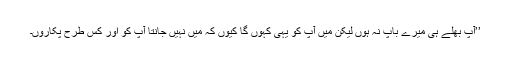
’’آپ بھلے ہی میرے باپ نہ ہوں لیکن میں آپ کو یہی کہوں گا کیوں کہ میں نہیں جانتا آپ کو اور کس طرح پکاروں۔